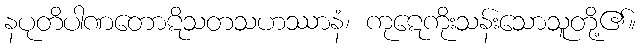
နပုတိပါဏတောဋိသတသဟဿာနံ၊ ကုဋေကိုးသန်းသောသူတို့၏။